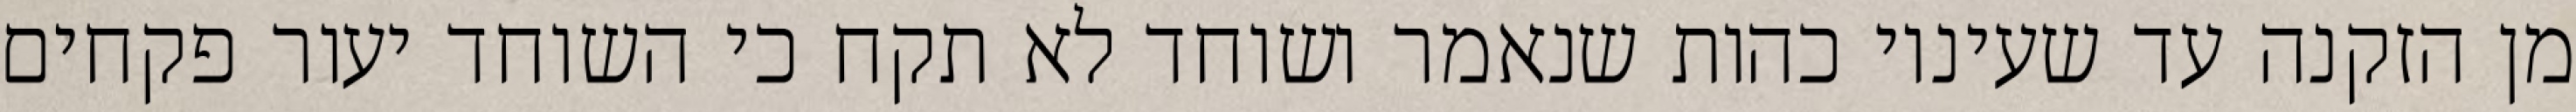
מן הזקנה עד שעיניו כהות שנאמר ושוחד לא תקח כי השוחד יעור פקחים